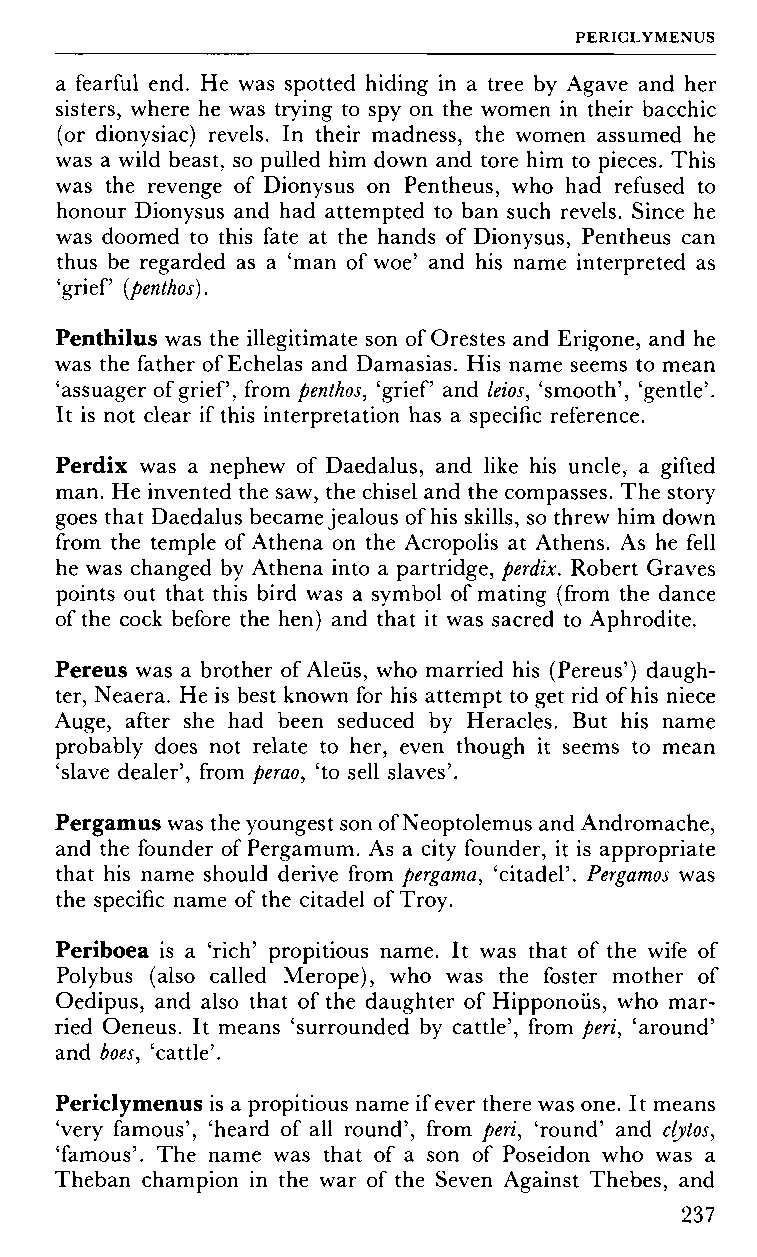
PERICLYMENUS
 a fearful end. He was spotted hiding in a tree by Agave and her
 sisters, where he was trying to spy on the women in their bacchic
 (or dionysiac) revels. In their madness, the women assumed he
 was a wild beast, so pulled him down and tore him to pieces. This
 was the revenge of Dionysus on Pentheus, who had refused to
 honour Dionysus and had attempted to ban such revels. Since he
 was doomed to this fate at the hands of Dionysus, Pentheus can
 thus be regarded as a 'man of woe' and his name interpreted as
 'grief (penthos).
 Penthilus was the illegitimate son of Orestes and Erigone, and he
 was the father of Echelas and Damasias. His name seems to mean
 'assuager of grief, from penthos, 'grief and leios, 'smooth', 'gentle'.
 It is not clear if this interpretation has a specific reference.
 Perdix was a nephew of Daedalus, and like his uncle, a gifted
 man. He invented the saw, the chisel and the compasses. The story
 goes that Daedalus became jealous of his skills, so threw him down
 from the temple of Athena on the Acropolis at Athens. As he fell
 he was changed by Athena into a partridge, perdix. Robert Graves
 points out that this bird was a symbol of mating (from the dance
 of the cock before the hen) and that it was sacred to Aphrodite.
 Pereus was a brother of Aleüs, who married his (Pereus') daugh
 ter, Neaera. He is best known for his attempt to get rid of his niece
 Auge, after she had been seduced by Heracles. But his name
 probably does not relate to her, even though it seems to mean
 'slave dealer', from perao, 'to sell slaves'.
 Pergamus was the youngest son of Neoptolemus and Andromache,
 and the founder of Pergamum. As a city founder, it is appropriate
 that his name should derive from pergama, 'citadel'. Pergamos was
 the specific name of the citadel of Troy.
 Periboea is a 'rich' propitious name. It was that of the wife of
 Polybus (also called Merope), who was the foster mother of
 Oedipus, and also that of the daughter of Hipponoüs, who mar
 ried Oeneus. It means 'surrounded by cattle', from peri, 'around'
 and boes, 'cattle'.
 Periclymenus is a propitious name if ever there was one. It means
 'very famous', 'heard of all round', from peri, 'round' and clytos,
 'famous'. The name was that of a son of Poseidon who was a
 Theban champion in the war of the Seven Against Thebes, and
 237